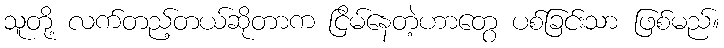
သူတို့ လက်တည့်တယ်ဆိုတာက ငြိမ်နေတဲ့ဟာတွေ ပစ်ခြင်းသာ ဖြစ်မည်။